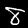
Digit: 8